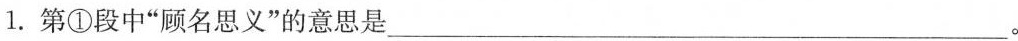
1.第①段中”顾名思义”的意思是___。